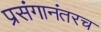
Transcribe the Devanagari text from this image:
प्रसंगानंतरच